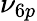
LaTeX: \nu_{6p}